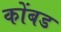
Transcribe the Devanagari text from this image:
कोंबड